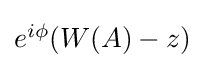
{\textstyle e^{i\phi }(W(A)-z)}